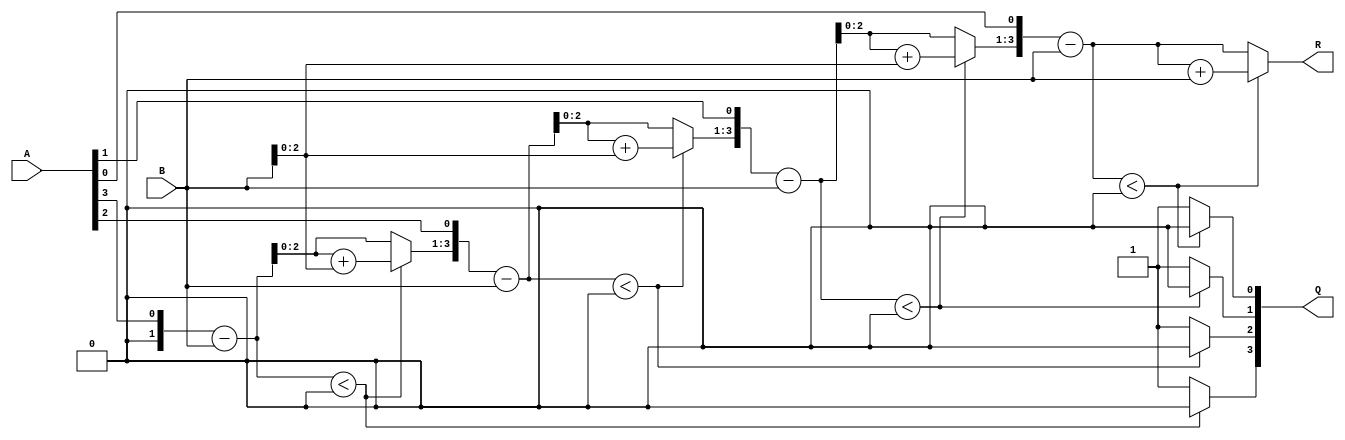
`timescale 1ns/1ns
module divider (Q,R,A,B);
  output reg signed [3:0] Q,R;
  input signed      [3:0] A,B;
  
  reg  signed       [3:0] _R,_M,_Q;
  /*
  initial
    begin
      _R =  4'b0;
      _M =  B;
      _Q =  A;
    end
  */
  always @(A or B)
    begin
      _R =  4'b0;
      _M =  B;
      _Q =  A;
      repeat(4)
        begin
          {_R,_Q} = {_R,_Q} << 1;
           _R     =  _R     - _M;
          if(_R < 0)
            begin
              _Q[0] = 1'b0;
              _R    =  _R     + _M; 
            end
          else
              _Q[0] = 1'b1;
        end
      Q <=  _Q;
      R <=  _R;
    end
  
endmodule